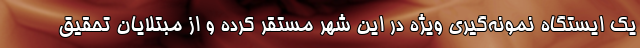
یک ایستگاه نمونه‌گیری ویژه در این شهر مستقر کرده و از مبتلایان تحقیق